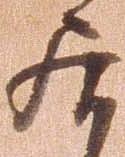
居